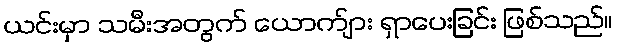
ယင်းမှာ သမီးအတွက် ယောက်ျား ရှာပေးခြင်း ဖြစ်သည်။